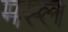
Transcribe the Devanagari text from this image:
मस्ल